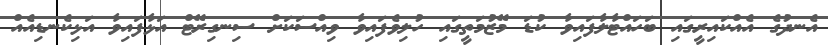
އެނދުގެ އެއްކައިރީގައި ބަހައްޓާލާފައިވާ ކުޑަ މޭޒުމަތީގައި ހުލިވެފައިވާ ވިއްސަކަށް ސިނގިރޭޓް އަޅާފައިވާ އަޅިކެނޑިއެއް